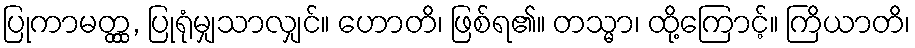
ပြုကာမတ္တ္ထ, ပြုရုံမျှသာလျှင်။ ဟောတိ၊ ဖြစ်ရ၏။ တသ္မာ၊ ထို့ကြောင့်။ ကြိယာတိ၊